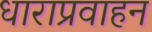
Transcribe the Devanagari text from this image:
धाराप्रवाहन